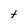
Character: t